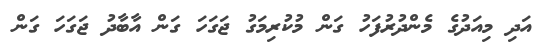
އަދި މިއަދުގެ މެންދުރުފަހު ގަން މުކުރިމަގު ޖަގަހަ ގަން އާބާދު ޖަގަހަ ގަން